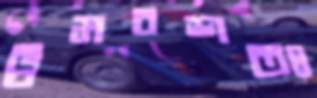
ভ্রমবশতঃ